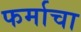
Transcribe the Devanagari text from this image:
फर्माचा